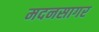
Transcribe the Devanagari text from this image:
मदनसागर